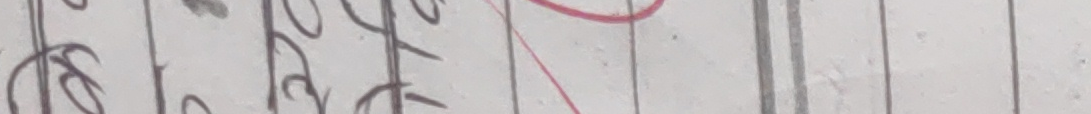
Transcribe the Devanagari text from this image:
फोटेल